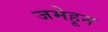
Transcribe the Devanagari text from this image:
जमेहून